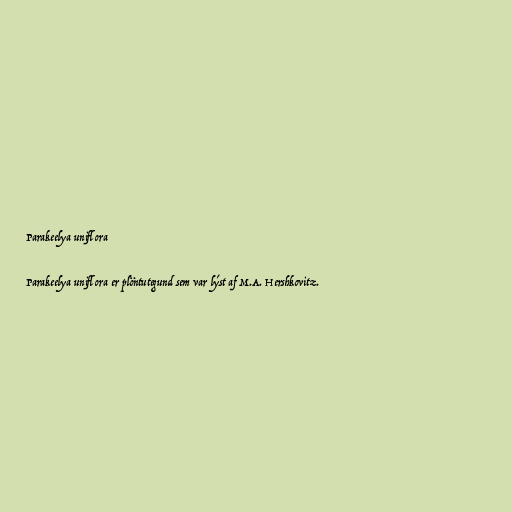
Parakeelya uniflora

Parakeelya uniflora er plöntutegund sem var lýst af M.A. Hershkovitz.